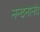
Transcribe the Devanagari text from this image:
नन्दनानंद